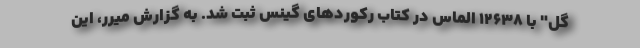
گل" با ۱۲۶۳۸ الماس در کتاب رکوردهای گینس ثبت شد. به گزارش میرر، این